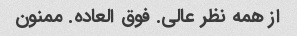
از همه نظر عالی. فوق العاده. ممنون